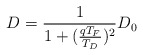
\begin{align*}D = \frac{1}{1 + (\frac{qT_F}{T_D})^2} D_0\end{align*}